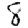
Digit: 8